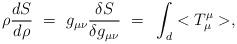
LaTeX: \begin{align*}\rho{d S \over d \rho}~=~g_{\mu\nu}{\delta S \over \delta g_{\mu\nu}}~=~\int_d <T_{\mu}^{\mu}>,\end{align*}